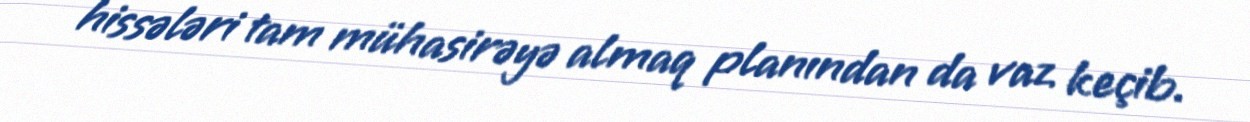
hissələri tam mühasirəyə almaq planından da vaz keçib.